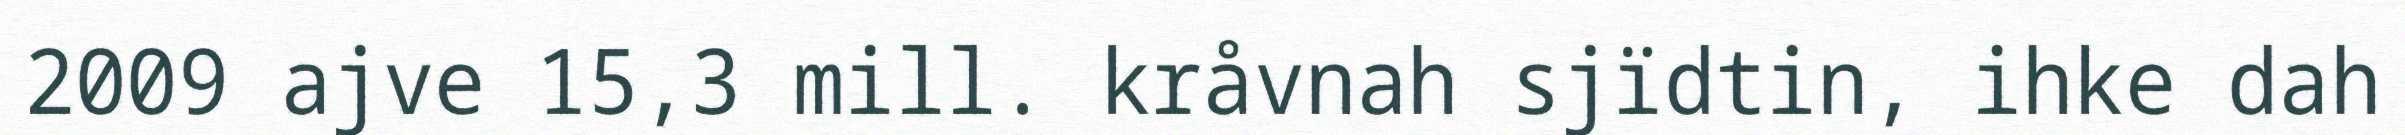
2009 ajve 15,3 mill. kråvnah sjïdtin, ihke dah